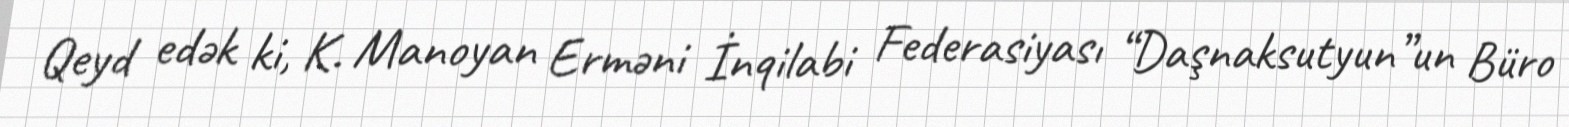
Qeyd edək ki, K. Manoyan Erməni İnqilabi Federasiyası “Daşnaksutyun”un Büro